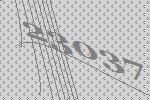
23037